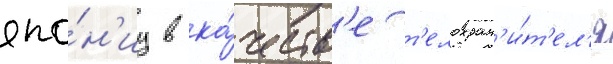
япо́н'иу в ка́честв'е т'елохран'и́т'ел'я